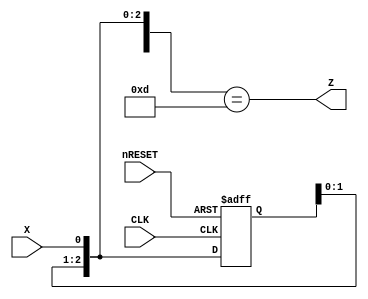
module SeqRec_2_minseok (
	input		nRESET, CLK, X,
	output		Z
);

reg [2:0] shiftReg;
wire [3:0] tmp;

assign tmp[3:0] = {shiftReg[2:0], X};

always @(negedge nRESET or posedge CLK) 
begin
	if (~nRESET) begin
		shiftReg[2:0] <= 3'b000;
	end
	else begin
		shiftReg[2:0] <= tmp[2:0];
	end
end
assign Z = (tmp[3:0] == 4'b1101);
endmodule